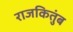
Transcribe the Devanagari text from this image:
राजकितुंब